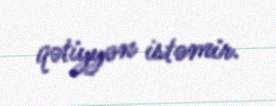
qətiyyən istəmir.